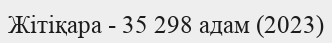
Жітіқара - 35 298 адам (2023)